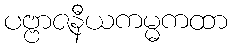
ပဗ္ဗာဇနီယကမ္မကထာ